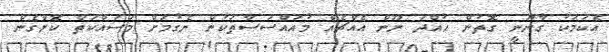
އެކަމަކު ގާނޫނީ ގޮތުން ހުއްދަ ނޫން އެއްޗެއް މުއައްސަސާތަކުން ނެގުމަށް މަސައްކަތް ކޮށްގެން